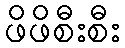
ဖိဖိစီးစီး